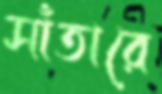
সাঁতারে